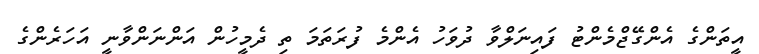
އީތަންގެ އެންގޭޖްމެންޓު ފައިނަލްވާ ދުވަހު އެންމެ ފުރަތަމަ ތި ދެމީހުން އަންނަންވާނީ އަހަރެންގެ